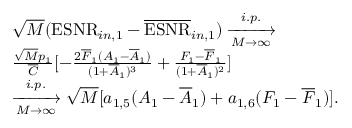
\begin{array} { r l } & { \sqrt { M } ( \mathrm { E S N R } _ { i n , 1 } - \overline { { \mathrm { E S N R } } } _ { i n , 1 } ) \xrightarrow [ M \rightarrow \infty ] { i . p . } } \\ & { \frac { \sqrt { M } p _ { 1 } } { \overline { { C } } } [ - \frac { 2 \overline { { F } } _ { 1 } ( A _ { 1 } - \overline { { A } } _ { 1 } ) } { ( 1 + \overline { { A } } _ { 1 } ) ^ { 3 } } + \frac { F _ { 1 } - \overline { { F } } _ { 1 } } { ( 1 + \overline { { A } } _ { 1 } ) ^ { 2 } } ] } \\ & { \xrightarrow [ M \rightarrow \infty ] { i . p . } \sqrt { M } [ a _ { 1 , 5 } ( A _ { 1 } - \overline { { A } } _ { 1 } ) + a _ { 1 , 6 } ( F _ { 1 } - \overline { { F } } _ { 1 } ) ] . } \end{array}